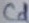
Text: Cd